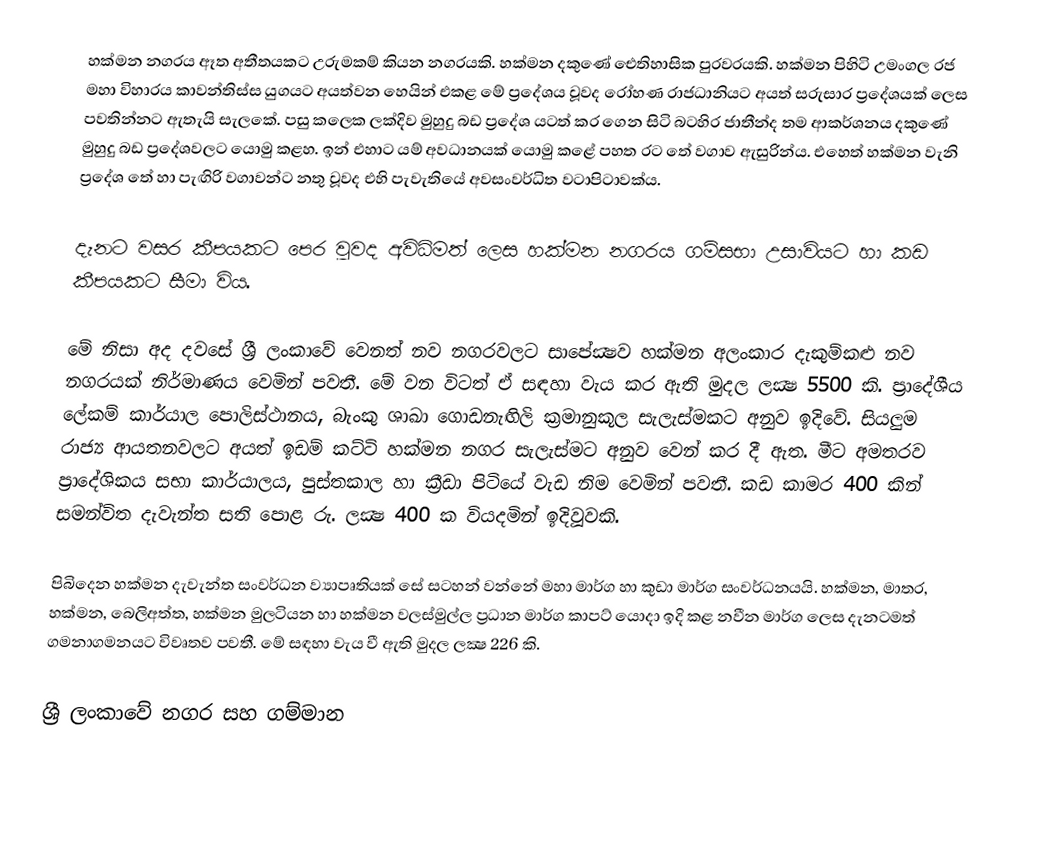
හක්මන නගරය ඈත අතීතයකට උරුමකම් කියන නගරයකි. හක්‌මන දකුණේ ඓතිහාසික පුරවරයකි. හක්‌මන පිහිටි උමංගල රජ මහා විහාරය කාවන්තිස්‌ස යුගයට අයත්වන හෙයින් එකළ මේ ප්‍රදේශය වූවද රෝහණ රාජධානියට අයත් සරුසාර ප්‍රදේශයක්‌ ලෙස පවතින්නට ඇතැයි සැලකේ. පසු කලෙක ලක්‌දිව මුහුදු බඩ ප්‍රදේශ යටත් කර ගෙන සිටි බටහිර ජාතීන්ද තම ආකර්ශනය දකුණේ මුහුදු බඩ ප්‍රදේශවලට යොමු කළහ. ඉන් එහාට යම් අවධානයක්‌ යොමු කළේ පහත රට තේ වගාව ඇසුරින්ය. එහෙත් හක්‌මන වැනි ප්‍රදේශ තේ හා පැඟිරි වගාවන්ට නතු වූවද එහි පැවැතියේ අවසංවර්ධිත වටාපිටාවක්‌ය.

දැනට වසර කීපයකට පෙර වූවද අවිධිමත් ලෙස හක්‌මන නගරය ගම්සභා උසාවියට හා කඩ කීපයකට සීමා විය.

මේ නිසා අද දවසේ ශ්‍රී ලංකාවේ වෙනත් නව නගරවලට සාපේක්‍ෂව හක්‌මන අලංකාර දැකුම්කළු නව නගරයක්‌ නිර්මාණය වෙමින් පවතී. මේ වන විටත් ඒ සඳහා වැය කර ඇති මුදල ලක්‍ෂ 5500 කි. ප්‍රාදේශීය ලේකම් කාර්යාල පොලිස්‌ථානය, බැංකු ශාඛා ගොඩනැඟිලි ක්‍රමානුකූල සැලැස්‌මකට අනුව ඉදිවේ. සියලුම රාජ්‍ය ආයතනවලට අයත් ඉඩම් කට්‌ටි හක්‌මන නගර සැලැස්‌මට අනුව වෙන් කර දී ඇත. මීට අමතරව ප්‍රාදේශිකය සභා කාර්යාලය, පුස්‌තකාල හා ක්‍රීඩා පිටියේ වැඩ නිම වෙමින් පවතී. කඩ කාමර 400 කින් සමන්විත දැවැන්ත සති පොළ රු. ලක්‍ෂ 400 ක වියදමින් ඉදිවූවකි.

පිබිදෙන හක්‌මන දැවැන්ත සංවර්ධන ව්‍යාපෘතියක්‌ සේ සටහන් වන්නේ මහා මාර්ග හා කුඩා මාර්ග සංවර්ධනයයි. හක්‌මන, මාතර, හක්‌මන, බෙලිඅත්ත, හක්‌මන මුලටියන හා හක්‌මන වලස්‌මුල්ල ප්‍රධාන මාර්ග කාපට්‌ යොදා ඉදි කළ නවීන මාර්ග ලෙස දැනටමත් ගමනාගමනයට විවෘතව පවතී. මේ සඳහා වැය වී ඇති මුදල ලක්‍ෂ 226 කි.

ශ්‍රී ලංකාවේ නගර සහ ගම්මාන